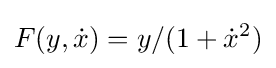
F(y,{\dot {x}})=y/(1+{\dot {x}}^{2})